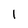
Character: 1